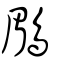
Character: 鶥